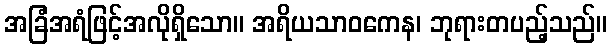
အခြံအရံဖြင့်အလိုရှိသော။ အရိယသာဝကေန၊ ဘုရားတပည့်သည်။